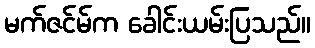
မက်ဇင်မ်က ခေါင်းယမ်းပြသည်။